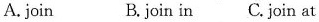
A.join B.join in C. join at